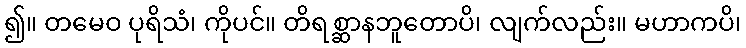
၍။ တမေဝ ပုရိသံ၊ ကိုပင်။ တိရစ္ဆာနဘူတောပိ၊ လျက်လည်း။ မဟာကပိ၊